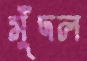
মুঁদল